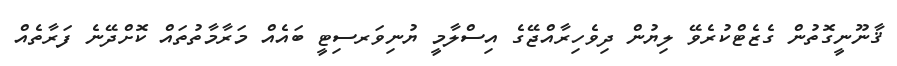
ޤާނޫނީގޮތުން ގެޒެޓްކުރެވޭ ލިޔުން ދިވެހިރާއްޖޭގެ އިސްލާމީ ޔުނިވަރސިޓީ ބައެއް މަރާމާތުތައް ކޮށްދޭނެ ފަރާތެއް